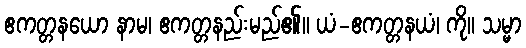
ဧကတ္တနယော နာမ၊ ဧကတ္တနည်းမည်၏။ ယံ-ဧကတ္တနယံ၊ ကို။ သမ္မာ